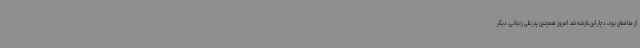
از مدافعان بود، دچار این عارضه شد. امروز همچنین پدر علی زنجانی، دیگر